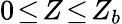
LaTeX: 0\! \le\! Z\! \le\! Z_{b}